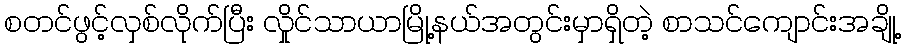
စတင်ဖွင့်လှစ်လိုက်ပြီး လှိုင်သာယာမြို့နယ်အတွင်းမှာရှိတဲ့ စာသင်ကျောင်းအချို့